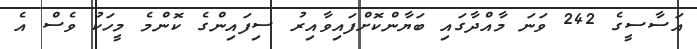
އަސާސީގެ 242 ވަނަ މާއްދާގައި ބަޔާންކޮށްފައިވާއިރު ސިފައިންގެ ކޮންމެ މީހަކު ވެސް އެ